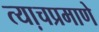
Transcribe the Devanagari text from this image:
त्या़चप्रमाणे